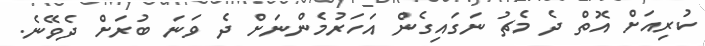
ކުރިއަށް އޮތް ދެ މެޗު ނަގައިގެން އަހަރުމެންނަށް ދެ ވަނަ ބުރަށް ދެވޭނެ.